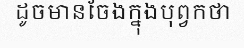
ដូចមានចែងក្នុងបុព្វកថា